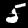
Label: 5